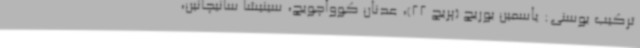
ترکیب بوسنی: یاسمین بوریچ (پریچ 22)، عدنان کوواچویچ، سینیشا سانیچانین،